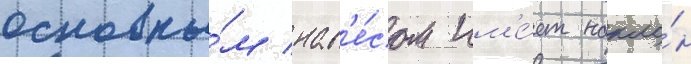
основны́м нав'е́сом им'е́ет накло́н